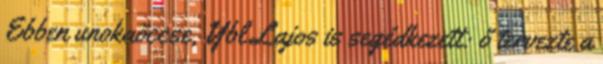
Ebben unokaöccse, Ybl Lajos is segédkezett: ő tervezte a